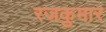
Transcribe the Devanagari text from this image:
रजकुमार